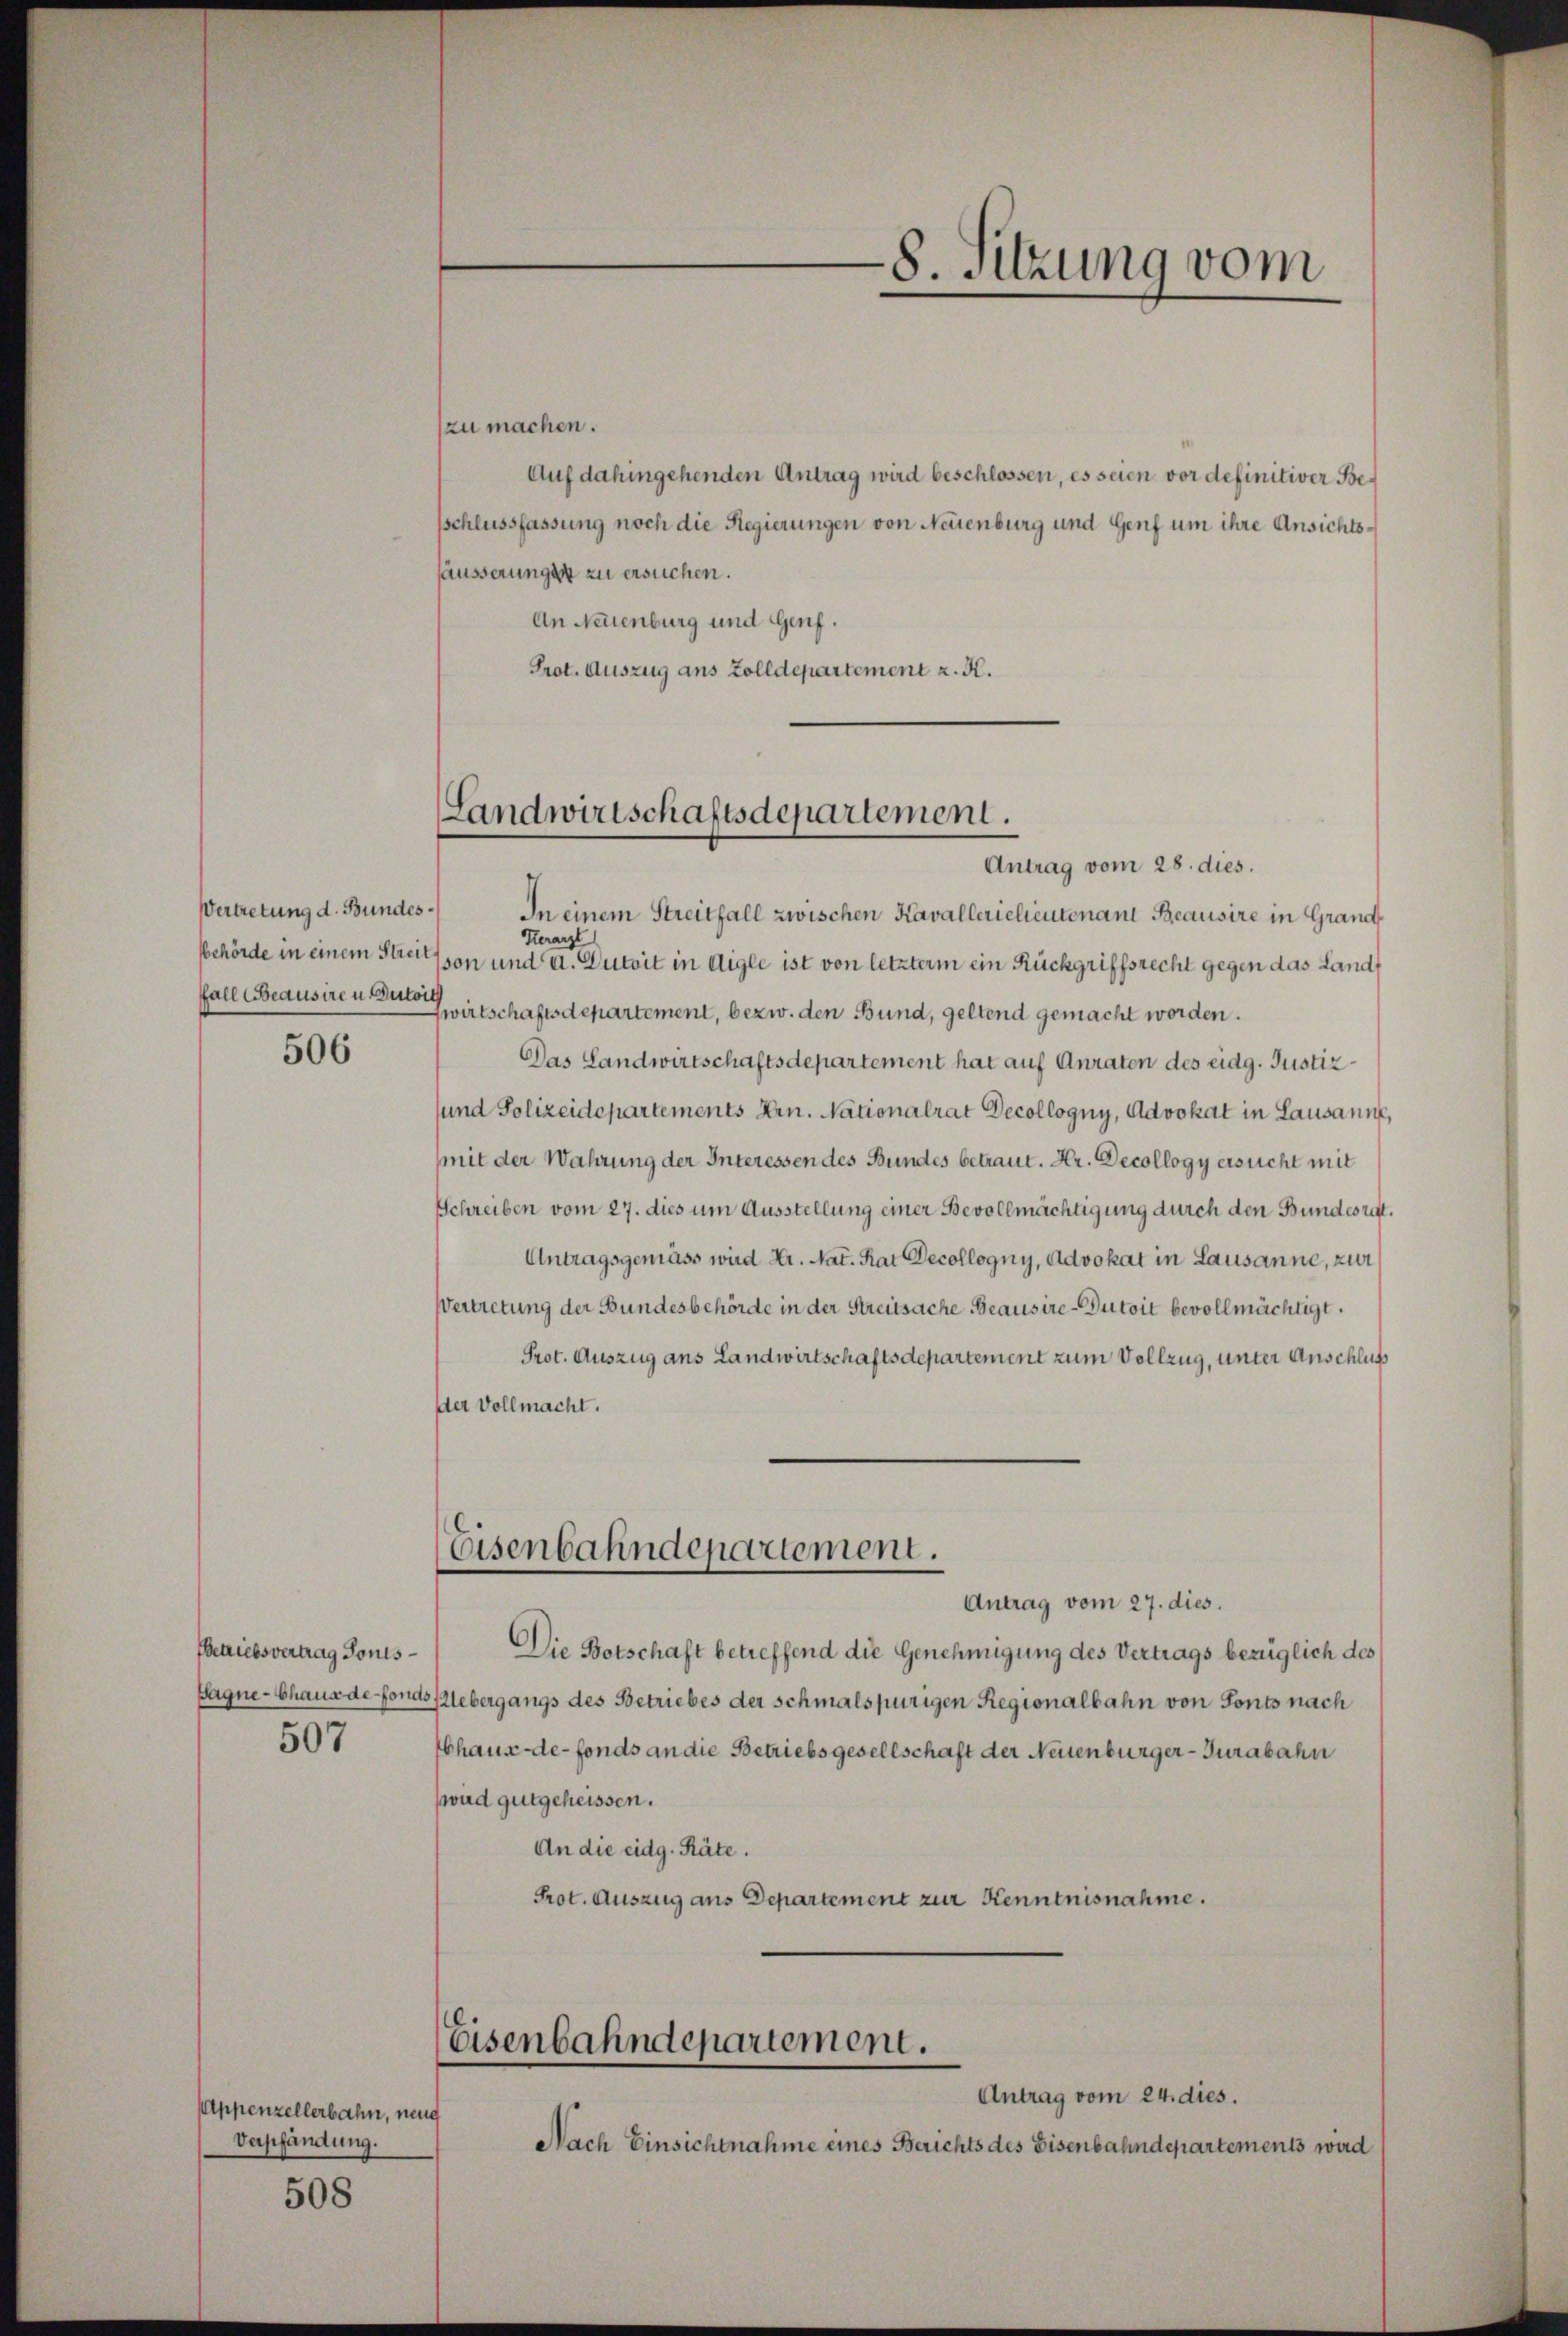
Vertretung d. Bundes¬

506

Petriebsvertrag Gonis¬
507

Appenzellerbahn, neug
Verpfandung.

508

zu machen.
Auf dahingehenden Antrag wird beschlossen, es seien vor definitiver Besschlussfassung noch die Regierungen von Neuenburg und Genf um ihre Ansichtsläusserungen zu ersuchen.
An Neuenburg und Genf.
Prot. Auszug aus Zolldepartement z. K.

Landwirtschaftsdepartement.

Antrag vom 28. dies.
In einem Streitfall zwischen Kavallerielieutenant Beausire in Grand
Herarzt
sbehörde in einem Streitson und a. Dutrit in Aigle ist von letzterm ein Rückgriffsrecht gegen das Lands
fall beausiren seitschaftsdepartement, bezw. den Bund, geltend gemacht worden.
Das Landwirtschaftsdepartement hat auf Anraten des eidg. Justizsund Polizeidepartements Hrn. Nationalrat Decollogny, Advokat in Lausanne,
mit der Wahrung der Interessen des Bundes betraut. Hr. Decollogy ersucht mit
Schreiben vom 27. dies um Ausstellung einer Bevollmächtigung durch den Bundesrat
Antragsgemäss wird Hr. Nat. Rat Decollogny, Advokat in Lausanne, zur
Vertretung der Bundesbehörde in der Streitsache Beausire-Dutoit bevollmächtigt.
Prot. Auszug aus Landwirtschaftsdepartement zum Vollzug, unter Anschluß
der Vollmacht.

Eisenbahndepartement.

Antrag vom 27. dies.
Die Botschaft betreffend die Genehmigung des Vertrags bezüglich des
Wagne- Chaus de fonds Uebergangs des Betriebes der schmalspurigen Regionalbahn von Sonts nach
Chaux-de-Fonds an die Betriebsgesellschaft der Neuenburger-Turabahn
wad gutgeheissen.
An die eidg. Räte.
Prot. Auszug aus Departement zur Kenntnisnahme.

8. Sitzung vom

Eisenbahndepartement.
Antrag vom 24. dies.

Nach Einsichtnahme eines Berichts des Eisenbahndepartements wird